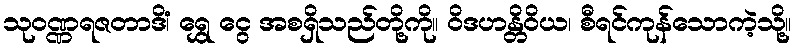
သုဝဏ္ဏရဇတာဒိံ၊ ရွှေ ငွေ အစရှိသည်တို့ကို။ ဝိဒဟန္တိဝိယ၊ စီရင်ကုန်သောကဲ့သို့။